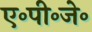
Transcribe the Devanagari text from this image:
ए॰पी॰जे॰